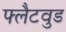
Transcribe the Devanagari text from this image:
फ्लैटवुड